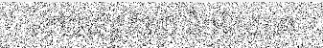
នៅឯខេត្តកំពត និងកែប នា